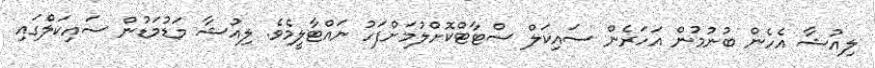
ލިއުޝާ އެހެން ބުނުމުން އަހަރެން ސައިކަލް ސްޓާޓްކޮށްލުމަށްފަހު ނައްޓާލީމެވެ. ލިއުޝާ މަޑުމަޑުން ސައިކަލްގައި